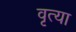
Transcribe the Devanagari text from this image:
वृत्या